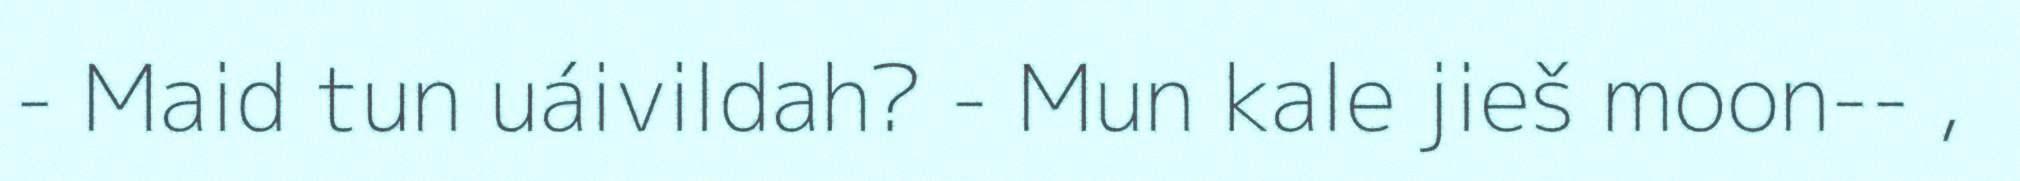
- Maid tun uáivildah? - Mun kale jieš moon-- ,